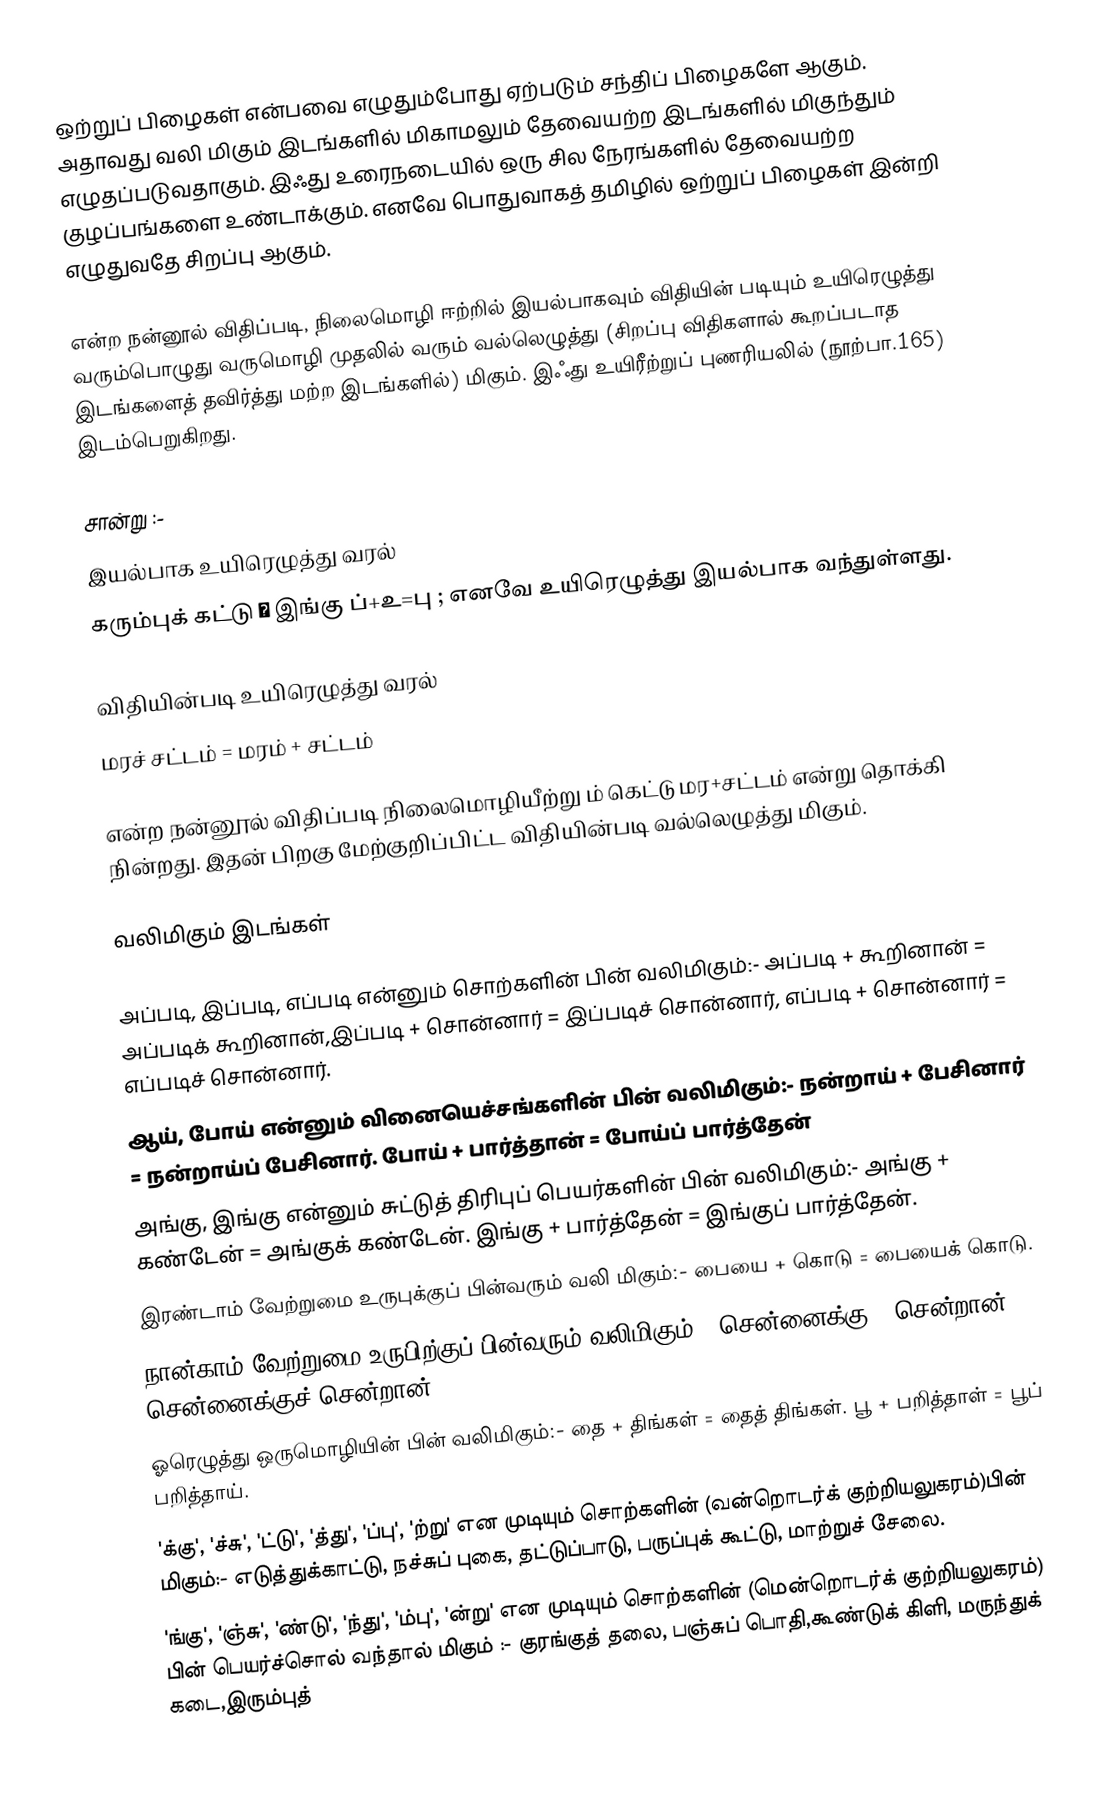
ஒற்றுப் பிழைகள் என்பவை எழுதும்போது ஏற்படும் சந்திப் பிழைகளே ஆகும். அதாவது வலி மிகும் இடங்களில் மிகாமலும் தேவையற்ற இடங்களில் மிகுந்தும் எழுதப்படுவதாகும். இஃது உரைநடையில் ஒரு சில நேரங்களில் தேவையற்ற குழப்பங்களை உண்டாக்கும். எனவே பொதுவாகத் தமிழில் ஒற்றுப் பிழைகள் இன்றி எழுதுவதே சிறப்பு ஆகும்.

என்ற நன்னூல் விதிப்படி, நிலைமொழி ஈற்றில் இயல்பாகவும் விதியின் படியும் உயிரெழுத்து வரும்பொழுது வருமொழி முதலில் வரும் வல்லெழுத்து (சிறப்பு விதிகளால் கூறப்படாத இடங்களைத் தவிர்த்து மற்ற இடங்களில்) மிகும். இஃது உயிரீற்றுப் புணரியலில் (நூற்பா.165) இடம்பெறுகிறது.

சான்று :-
இயல்பாக உயிரெழுத்து வரல்
கரும்புக் கட்டு  →  இங்கு ப்+உ=பு ; எனவே உயிரெழுத்து இயல்பாக வந்துள்ளது.

விதியின்படி உயிரெழுத்து வரல்
மரச் சட்டம் = மரம் + சட்டம்

என்ற நன்னூல் விதிப்படி நிலைமொழியீற்று ம் கெட்டு மர+சட்டம் என்று தொக்கி நின்றது. இதன் பிறகு மேற்குறிப்பிட்ட விதியின்படி வல்லெழுத்து மிகும்.

வலிமிகும் இடங்கள்

அப்படி, இப்படி, எப்படி என்னும் சொற்களின் பின் வலிமிகும்:- அப்படி + கூறினான் = அப்படிக் கூறினான்,இப்படி + சொன்னார் = இப்படிச் சொன்னார், எப்படி + சொன்னார் = எப்படிச் சொன்னார்.
 ஆய், போய் என்னும் வினையெச்சங்களின் பின் வலிமிகும்:-  நன்றாய் + பேசினார் = நன்றாய்ப் பேசினார். போய் + பார்த்தான் = போய்ப் பார்த்தேன்
 அங்கு, இங்கு என்னும் சுட்டுத் திரிபுப் பெயர்களின் பின் வலிமிகும்:-  அங்கு + கண்டேன் = அங்குக் கண்டேன். இங்கு + பார்த்தேன் = இங்குப் பார்த்தேன்.
 இரண்டாம் வேற்றுமை உருபுக்குப் பின்வரும் வலி மிகும்:-  பையை + கொடு = பையைக் கொடு.
 நான்காம் வேற்றுமை உருபிற்குப் பின்வரும் வலிமிகும்:- சென்னைக்கு + சென்றான் = சென்னைக்குச் சென்றான்.
  ஓரெழுத்து ஒருமொழியின் பின் வலிமிகும்:- தை + திங்கள் = தைத் திங்கள். பூ + பறித்தாள் = பூப் பறித்தாய்.
 'க்கு', 'ச்சு', 'ட்டு', 'த்து', 'ப்பு', 'ற்று'  என முடியும் சொற்களின் (வன்றொடர்க் குற்றியலுகரம்)பின் மிகும்:- எடுத்துக்காட்டு, நச்சுப் புகை, தட்டுப்பாடு, பருப்புக் கூட்டு, மாற்றுச் சேலை.
 'ங்கு', 'ஞ்சு', 'ண்டு', 'ந்து', 'ம்பு', 'ன்று' என முடியும் சொற்களின் (மென்றொடர்க் குற்றியலுகரம்) பின் பெயர்ச்சொல் வந்தால் மிகும் :- குரங்குத் தலை, பஞ்சுப் பொதி,கூண்டுக் கிளி, மருந்துக் கடை,இரும்புத்